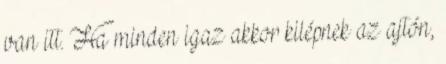
van itt. Ha minden igaz akkor kilépnek az ajtón,